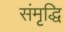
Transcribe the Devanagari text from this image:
संमृृद्धि